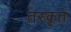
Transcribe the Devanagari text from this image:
तस्कृत